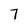
Character: 7